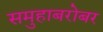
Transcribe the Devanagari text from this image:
समुहाबरोबर